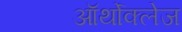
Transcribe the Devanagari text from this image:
ऑर्थोक्लेज